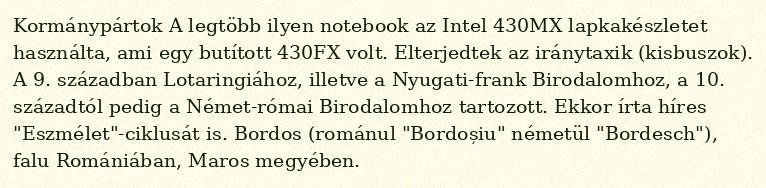
Kormánypártok A legtöbb ilyen notebook az Intel 430MX lapkakészletet használta, ami egy butított 430FX volt. Elterjedtek az iránytaxik (kisbuszok). A 9. században Lotaringiához, illetve a Nyugati-frank Birodalomhoz, a 10. századtól pedig a Német-római Birodalomhoz tartozott. Ekkor írta híres "Eszmélet"-ciklusát is. Bordos (románul "Bordoșiu" németül "Bordesch"), falu Romániában, Maros megyében.